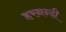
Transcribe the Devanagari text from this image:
हरनन्दी